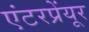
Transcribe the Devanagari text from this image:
एंटरप्रेंयूर